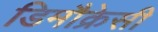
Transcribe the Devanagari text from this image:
डिमौक्रेसी